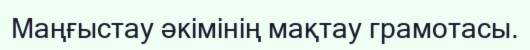
Маңғыстау әкімінің мақтау грамотасы.